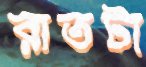
রাতটা